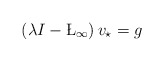
\begin{align*} \left(\lambda I-\L_{\infty}\right)v_{\star} = g \end{align*}